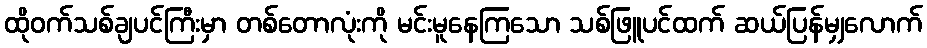
ထိုဝက်သစ်ချပင်ကြီးမှာ တစ်တောလုံးကို မင်းမူနေကြသော သစ်ဖြူပင်ထက် ဆယ်ပြန်မျှလောက်